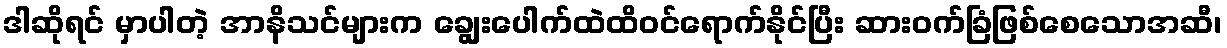
ဒါဆိုရင် မှာပါတဲ့ အာနိသင်များက ချွေးပေါက်ထဲထိဝင်ရောက်နိုင်ပြီး ဆားဝက်ခြံဖြစ်စေသောအဆီ၊